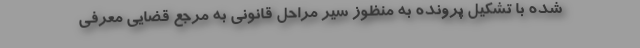
شده با تشکیل پرونده به منظوز سیر مراحل قانونی به مرجع قضایی معرفی